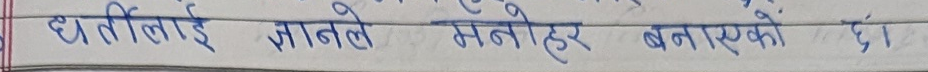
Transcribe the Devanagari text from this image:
घर्तीलाई ज्ञानले मनोहर बनाएको छ।